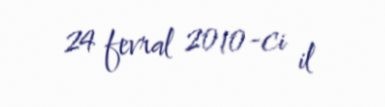
24 fevral 2010-ci il